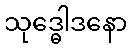
သုဒ္ဓေါဒနော